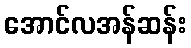
အောင်လအန်ဆန်း